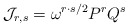
\begin{align*}{\cal J}_{r,s}=\omega^{r\cdot s/2}P^rQ^s\end{align*}